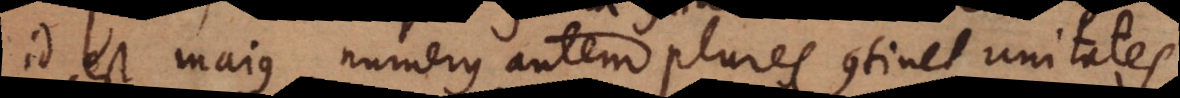
id est majus, numerus autem plures continet unitates.